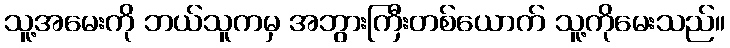
သူ့အမေးကို ဘယ်သူကမှ အဘွားကြီးတစ်ယောက် သူ့ကိုမေးသည်။